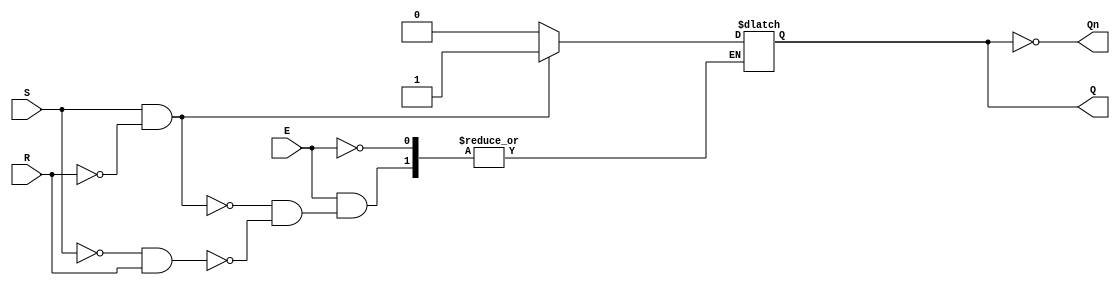
module gated_sr_latch (
    input wire S,      // Set input
    input wire R,      // Reset input
    input wire E,      // Enable input
    output reg Q,      // Output Q
    output wire Qn     // Complementary output Q'
);

    assign Qn = ~Q; // Q' is the complement of Q

    always @(E or S or R) begin
        if (E) begin
            if (S && !R) begin
                Q <= 1'b1; // Set Q to 1
            end else if (!S && R) begin
                Q <= 1'b0; // Reset Q to 0
            end else if (S && R) begin
                // Invalid state: S = 1 and R = 1
                // Typically, we can choose to do nothing or handle it as needed
                // For this implementation, we will do nothing
            end
            // If S = 0 and R = 0, maintain current state (do nothing)
        end
        // When E = 0, retain the current state of Q (handled by the reg type)
    end

endmodule